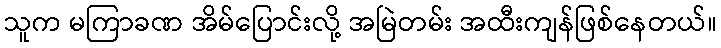
သူက မကြာခဏ အိမ်ပြောင်းလို့ အမြဲတမ်း အထီးကျန်ဖြစ်နေတယ်။